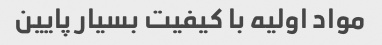
مواد اولیه با کیفیت بسیار پایین